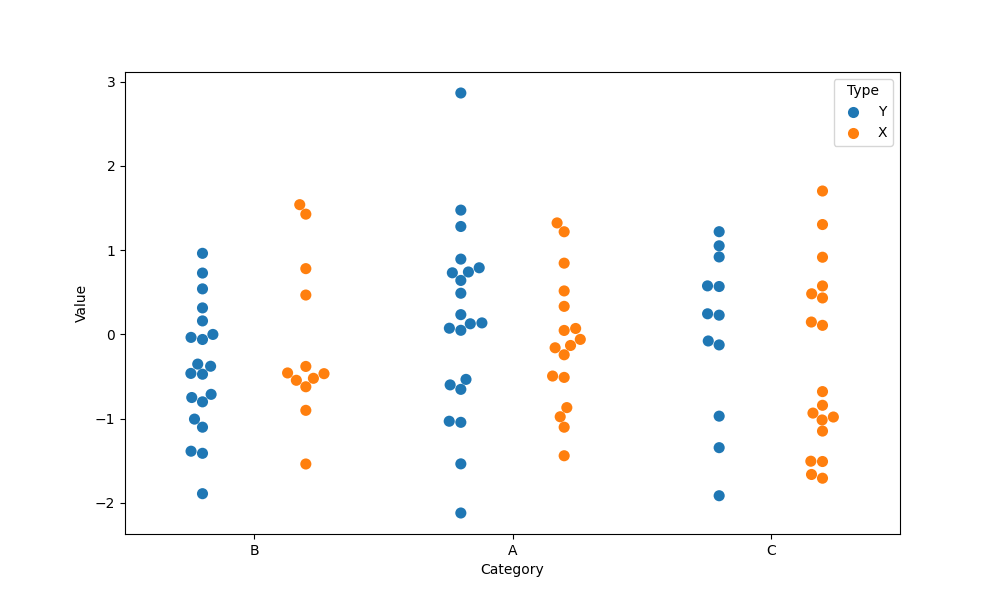
python, seaborn, swarmplot, dodge=True, alpha=1.0, size=8